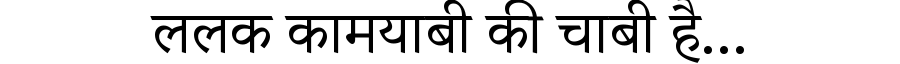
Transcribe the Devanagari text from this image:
ललक कामयाबी की चाबी है...